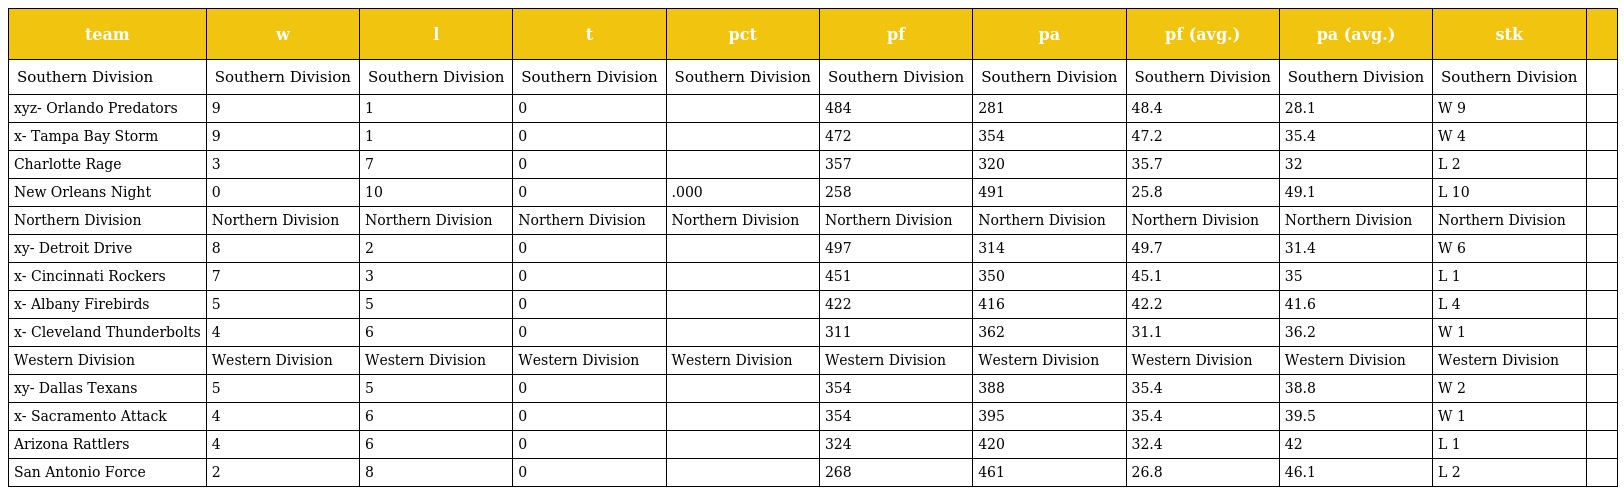
| team | w | l | t | pct | pf | pa | pf (avg.) | pa (avg.) | stk |  |
 | --- | --- | --- | --- | --- | --- | --- | --- | --- | --- | --- |
 | Southern Division | Southern Division | Southern Division | Southern Division | Southern Division | Southern Division | Southern Division | Southern Division | Southern Division | Southern Division |  |
 | xyz- Orlando Predators | 9 | 1 | 0 |  | 484 | 281 | 48.4 | 28.1 | W 9 |  |
 | x- Tampa Bay Storm | 9 | 1 | 0 |  | 472 | 354 | 47.2 | 35.4 | W 4 |  |
 | Charlotte Rage | 3 | 7 | 0 |  | 357 | 320 | 35.7 | 32 | L 2 |  |
 | New Orleans Night | 0 | 10 | 0 | .000 | 258 | 491 | 25.8 | 49.1 | L 10 |  |
 | Northern Division | Northern Division | Northern Division | Northern Division | Northern Division | Northern Division | Northern Division | Northern Division | Northern Division | Northern Division |  |
 | xy- Detroit Drive | 8 | 2 | 0 |  | 497 | 314 | 49.7 | 31.4 | W 6 |  |
 | x- Cincinnati Rockers | 7 | 3 | 0 |  | 451 | 350 | 45.1 | 35 | L 1 |  |
 | x- Albany Firebirds | 5 | 5 | 0 |  | 422 | 416 | 42.2 | 41.6 | L 4 |  |
 | x- Cleveland Thunderbolts | 4 | 6 | 0 |  | 311 | 362 | 31.1 | 36.2 | W 1 |  |
 | Western Division | Western Division | Western Division | Western Division | Western Division | Western Division | Western Division | Western Division | Western Division | Western Division |  |
 | xy- Dallas Texans | 5 | 5 | 0 |  | 354 | 388 | 35.4 | 38.8 | W 2 |  |
 | x- Sacramento Attack | 4 | 6 | 0 |  | 354 | 395 | 35.4 | 39.5 | W 1 |  |
 | Arizona Rattlers | 4 | 6 | 0 |  | 324 | 420 | 32.4 | 42 | L 1 |  |
 | San Antonio Force | 2 | 8 | 0 |  | 268 | 461 | 26.8 | 46.1 | L 2 |  |